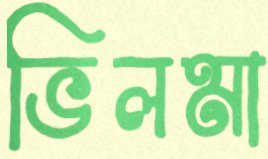
ভিলমা